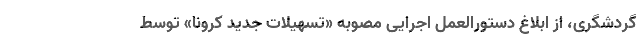
گردشگری، از ابلاغ دستورالعمل اجرایی مصوبه «تسهیلات جدید کرونا» توسط